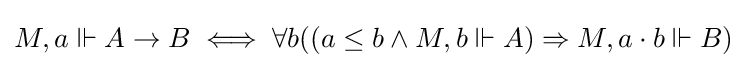
M,a\Vdash A\to B\iff \forall b((a\leq b\land M,b\Vdash A)\Rightarrow M,a\cdot b\Vdash B)